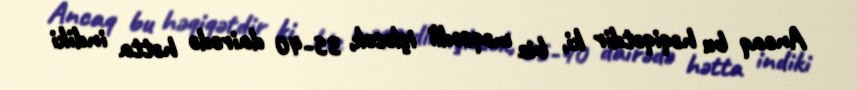
Ancaq bu həqiqətdir ki, biz məqsədli işləsək, 35-40 dairədə hətta indiki